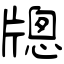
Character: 牕